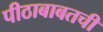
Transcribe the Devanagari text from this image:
पीठाबाबतची